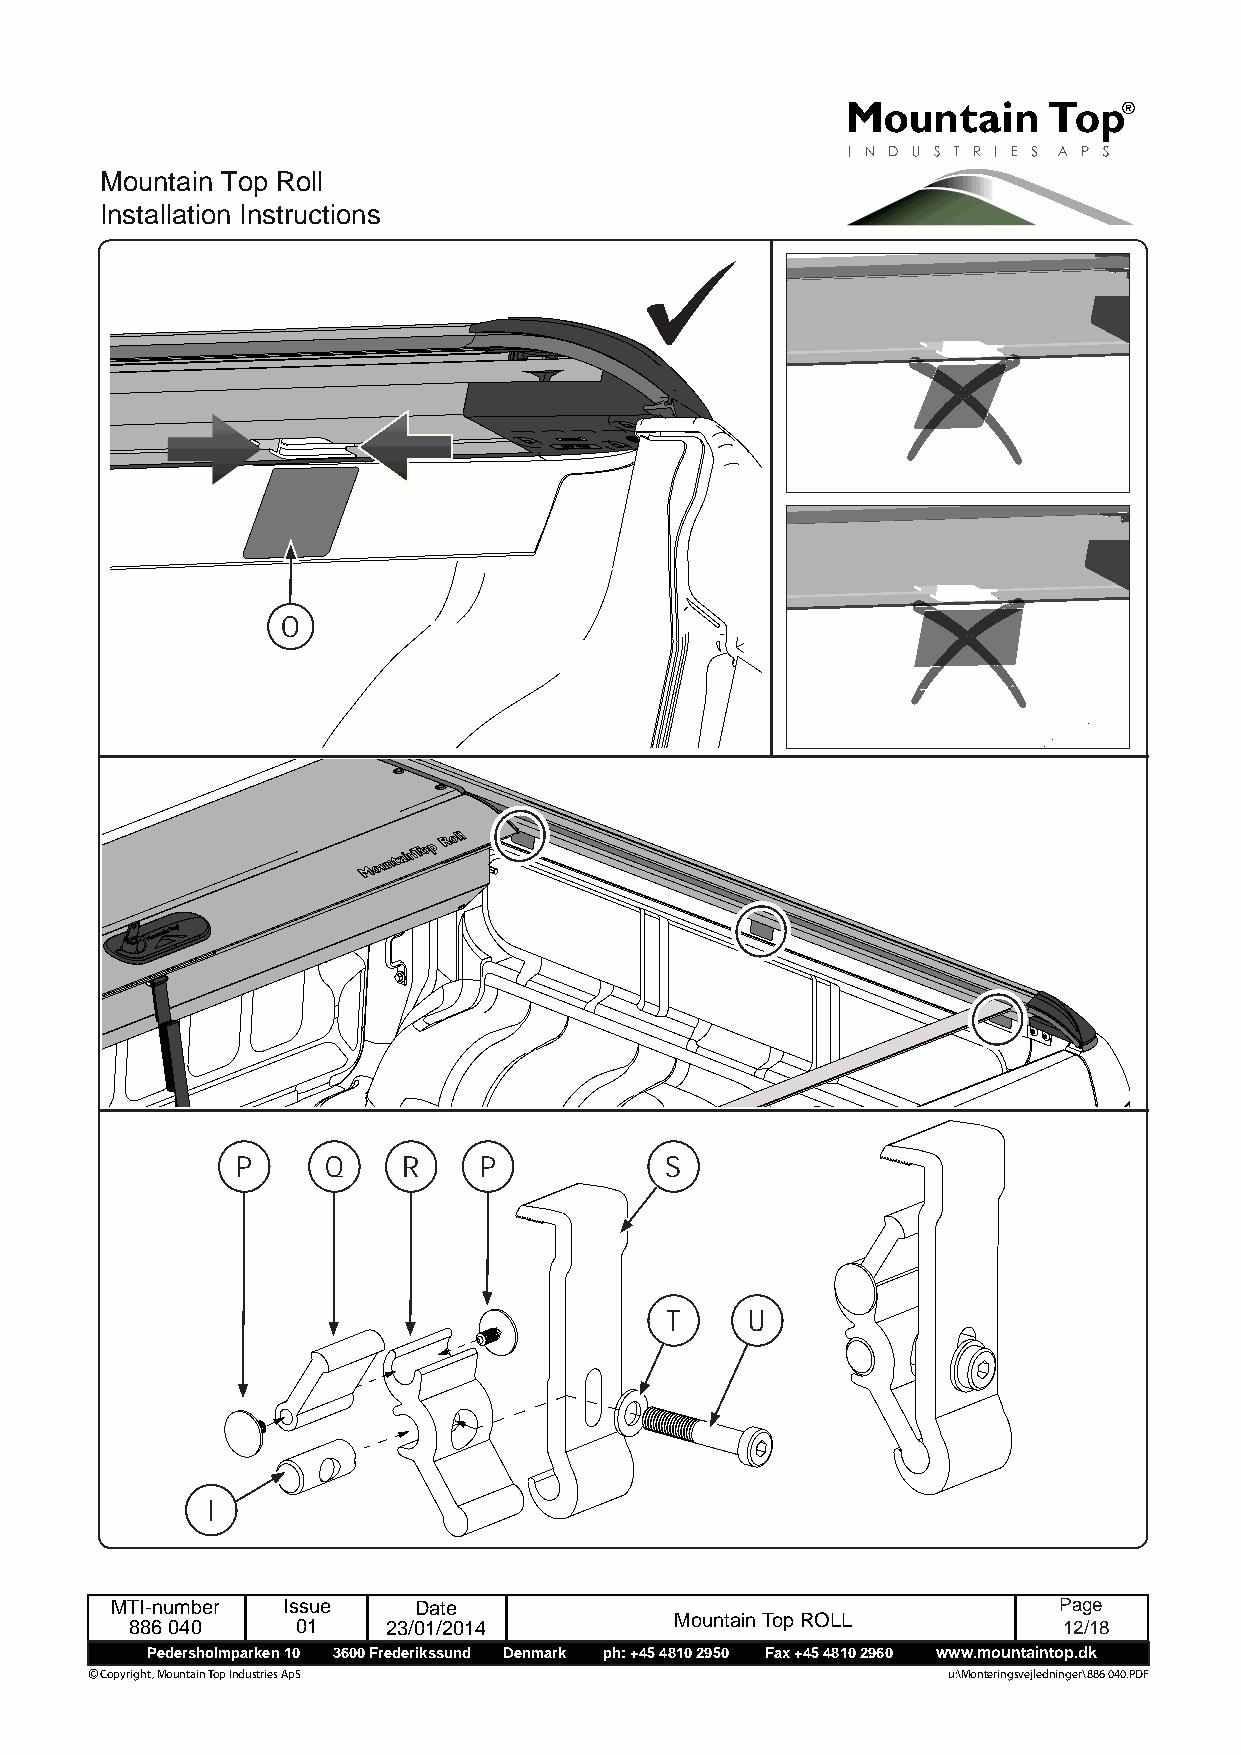
Mountain Top Roll
 Installation Instructions
 O
 P    Q     R    P           S
 T     U
 I
 MTI-number  Issue   Date                                       Page
 886 040    01    23/01/2014         Mountain Top ROLL        1 2 /18
 Pedersholmparken 10 3600 Frederikssund Denmark ph: +45 4810 2950 Fax +45 4810 2960 www.mountaintop.dk
 © Copyright, Mountain Top Industries ApS                 u:\Monteringsvejledninger\886 040.PDF